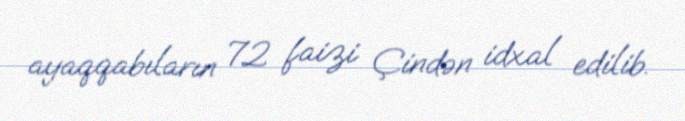
ayaqqabıların 72 faizi Çindən idxal edilib.